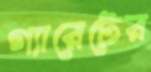
গ্যারেটের